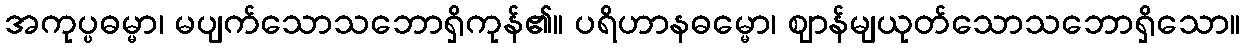
အကုပ္ပဓမ္မာ၊ မပျက်သောသဘောရှိကုန်၏။ ပရိဟာနဓမ္မော၊ ဈာန်မျယုတ်သောသဘောရှိသော။